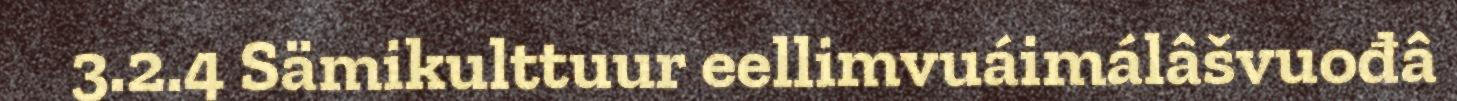
3.2.4 Sämikulttuur eellimvuáimálâšvuođâ